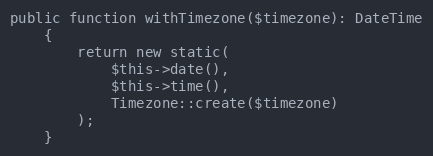
Language: PHP
public function withTimezone($timezone): DateTime
    {
        return new static(
            $this->date(),
            $this->time(),
            Timezone::create($timezone)
        );
    }